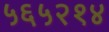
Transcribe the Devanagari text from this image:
५६५२१४